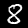
Label: 8